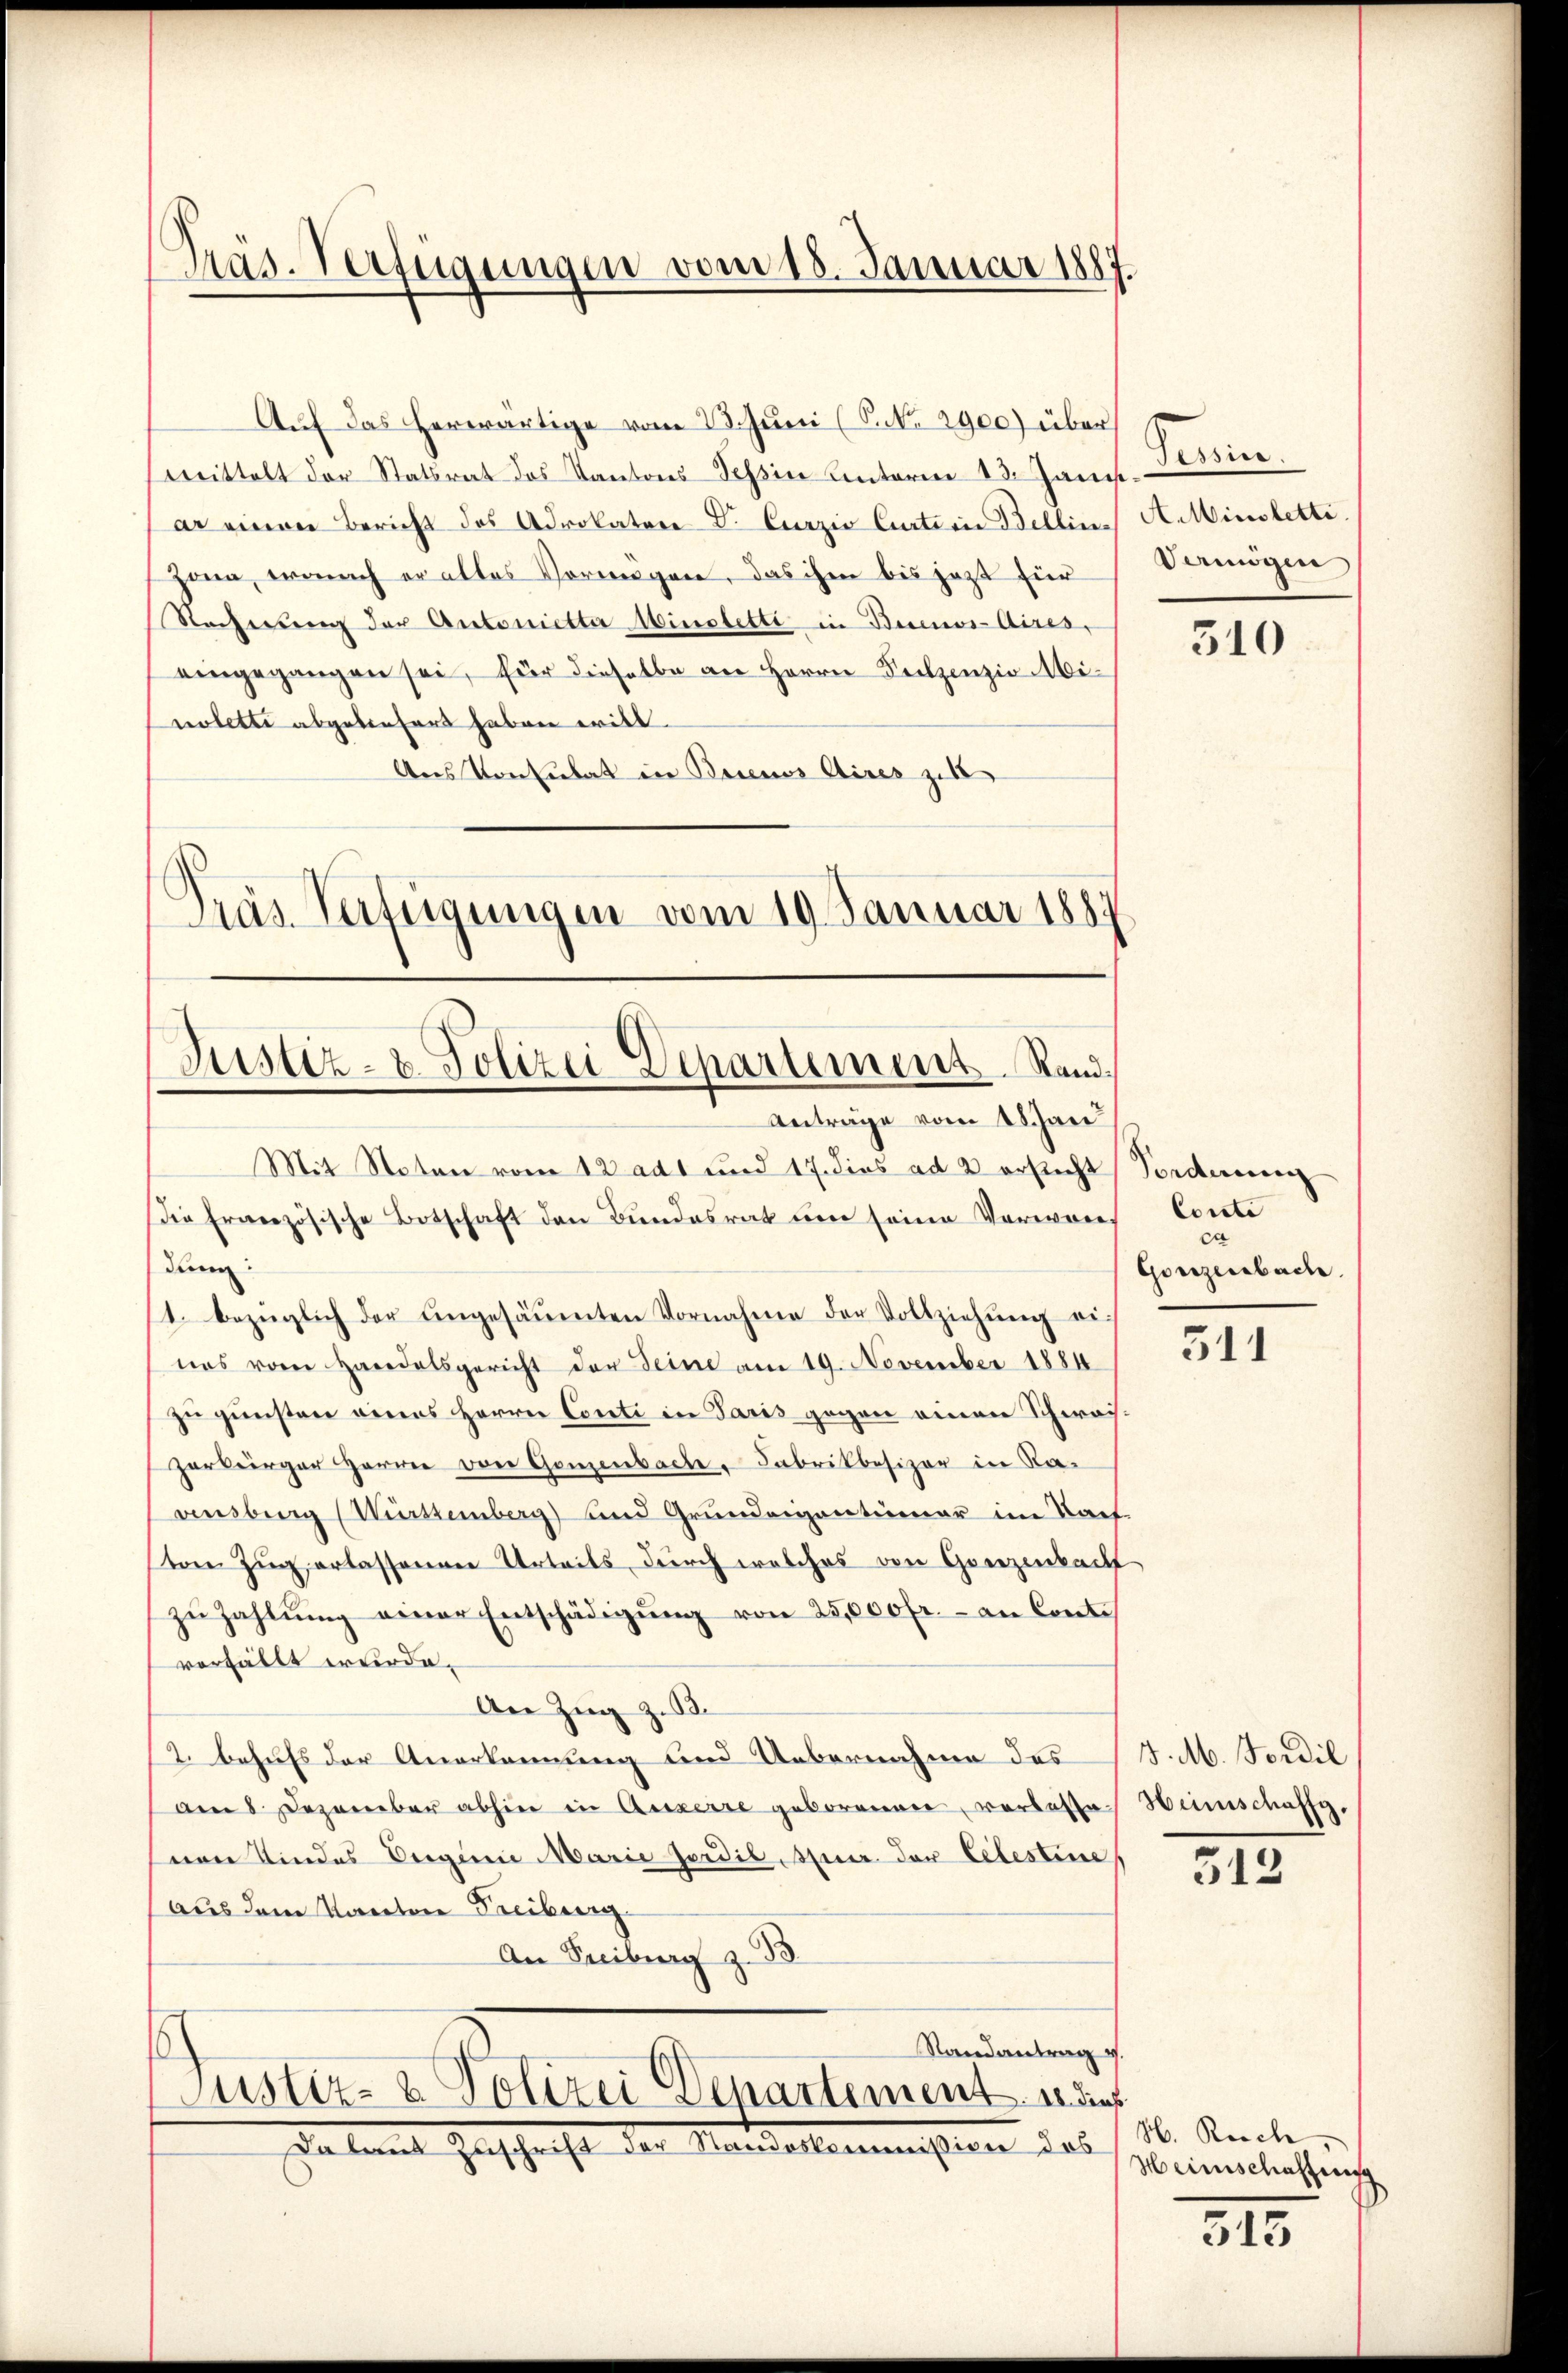
Pras. Verfügungen vom 18. Januar 1887.

Auf das herwärtige vom 28. Juni (S. Nr. 2900) über
mittelt der Statsrat des Kantons Tessin Unterm 13. Janis
ar einen Bericht des Advokator Dr. Curzio Curtinie Bellins A. Minstetti.
Zona, wonach er alles Vermögen, das ihm bis jezt für
Rechnung der Autorietter Minstetti in Buenos-Aires,
eingegangen sei, für dieselbe an Herrn Sulzenzio Minoletti abgeliefert haben will.
Aus Konsulat in Buenos Aires zu
Präs. Verteigungen vom 19. Januar 1889

Justiz- u. Polizei Departement Rand.
Anträge vom 18 Jan

Ferin
Vermögen

Mit Noten vom 12 adt und 17. dies ad 2 ersticht Forderenen
Die französische Botschaft den Bundesrat um seine Verwan
dung:
1. bezüglich der engesäumten Vornahme der Vollziehŭng einas vom Handelsgericht der Seine am 19. November 1884
zu gunsten eines Herrn Conti in Paris gegen einen Schwaizerbürger Harrer von Ganzenbache. Fabrikbesizer in Ravensberg (Württemberg) und Grundeigentümer im Sach
von Zug erlassenen Urteils durch welches von Ganzenbacht
zŭ zahlŭng einer Entschädigŭng von 25,000 fr. an Conti
vorfällt wurde.
An Zug z. B.
2. Behufs der Anerkennung und Uebernahme des
am 8. Dezember abhin in Ausserre geborenen, verlasse Heimschaffg
nen Kindes Oerginie Marie Jordil, Auer der Celestine
Aus dem Kanton Freiburg
An Freiburg z. B.
Randantrag v.
Justiz- & Polizei Departement in dies
Halamt Zuschrift der Mandellenmeisten das

310

Conclu
ca
Gonzenbache.

511

J. M. Fordil

512

H. Rosche
Heimschaffung

515